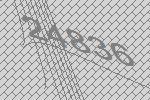
24836